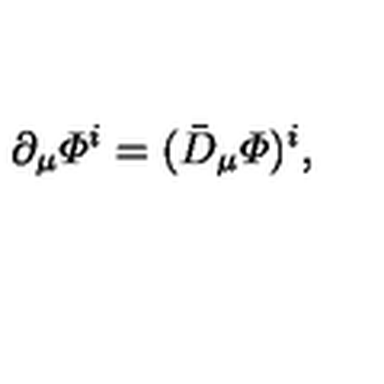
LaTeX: \partial _ { \mu } { \mit \Phi } ^ { i } = ( \bar { D } _ { \mu } { \mit \Phi } ) ^ { i } ,